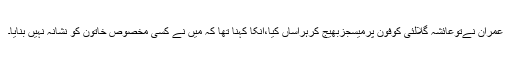
عمران نےتوعائشہ گلالئی کوفون پرمیسجزبھیج کرہراساں کیا،انکا کہنا تھا کہ میں نے کسی مخصوص خاتون کو نشانہ نہیں بنایا۔